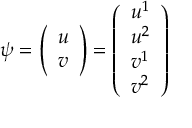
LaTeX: \psi = { \left( \begin{array} { l } { u } \\ { v } \end{array} \right) } = { \left( \begin{array} { l } { u ^ { 1 } } \\ { u ^ { 2 } } \\ { v ^ { 1 } } \\ { v ^ { 2 } } \end{array} \right) }